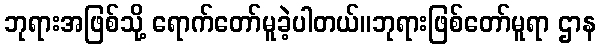
ဘုရားအဖြစ်သို့ ရောက်တော်မူခဲ့ပါတယ်။ဘုရားဖြစ်တော်မူရာ ဌာန